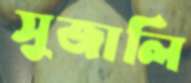
সুজালি